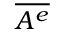
\overline { { A ^ { e } } }